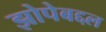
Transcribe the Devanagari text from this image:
झोपेबद्दल